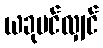
ယခုပင်လျှင်